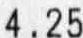
4.25